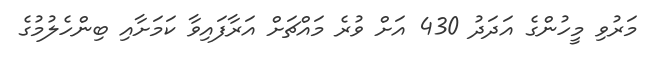
މަރުވި މީހުންގެ އަދަދު 430 އަށް ވުރެ މައްޗަށް އަރާފައިވާ ކަމަށާއި ބިންހެލުމުގެ